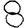
Digit: 8